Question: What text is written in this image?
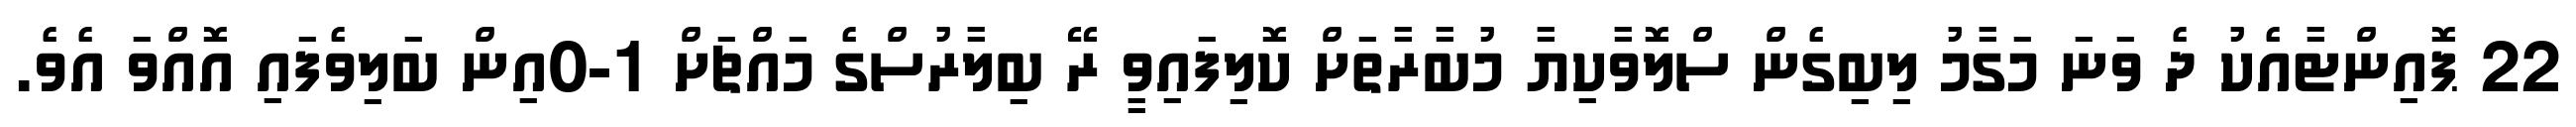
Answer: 22 ޕޮއިންޓާއެކު ދެ ވަނަ މަގާމު ލިބިގެން ސްލޮވާކިޔާ މުބާރާތަށް ކޮލިފައިވީ ރޭ ބިލާރުސްގެ މައްޗަށް 1-0އިން ބަލިވެފައި އޮއްވަ އެވެ.